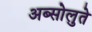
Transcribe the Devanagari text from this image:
अब्सोलुते